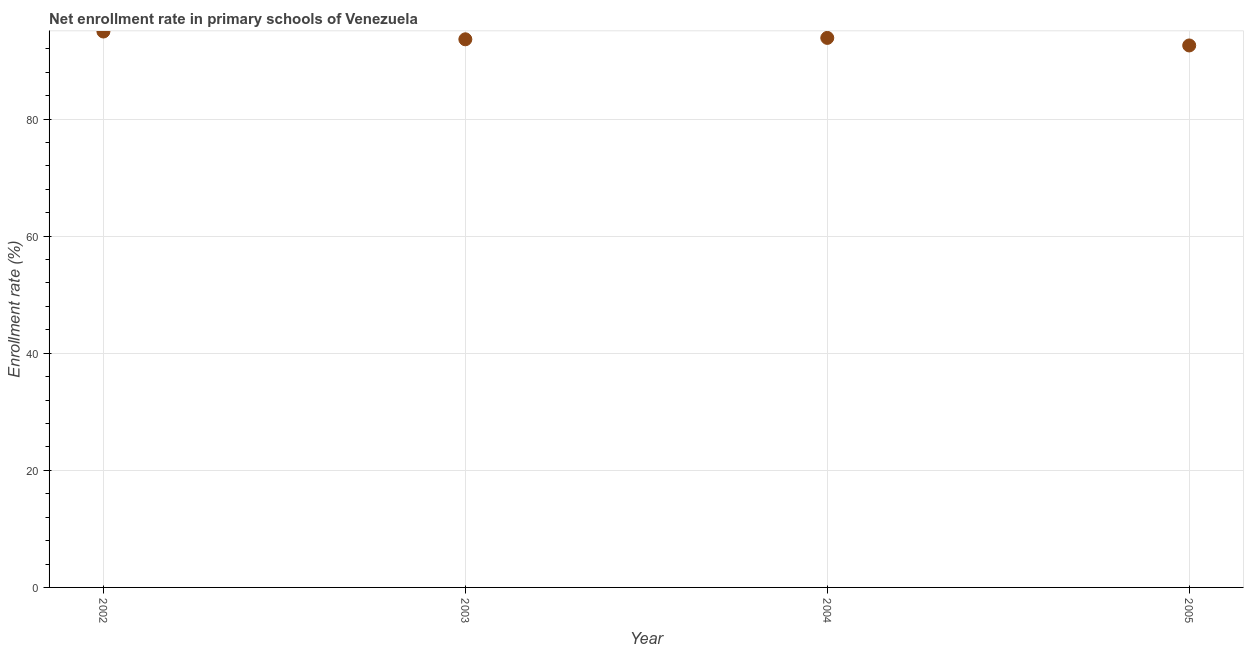
| Year | Adjusted net enrolment rate |
 | --- | --- |
 | 2002 | 94.9 |
 | 2003 | 93.6 |
 | 2004 | 93.9 |
 | 2005 | 92.6 |